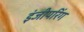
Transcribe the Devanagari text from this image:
इंजीयरिंग